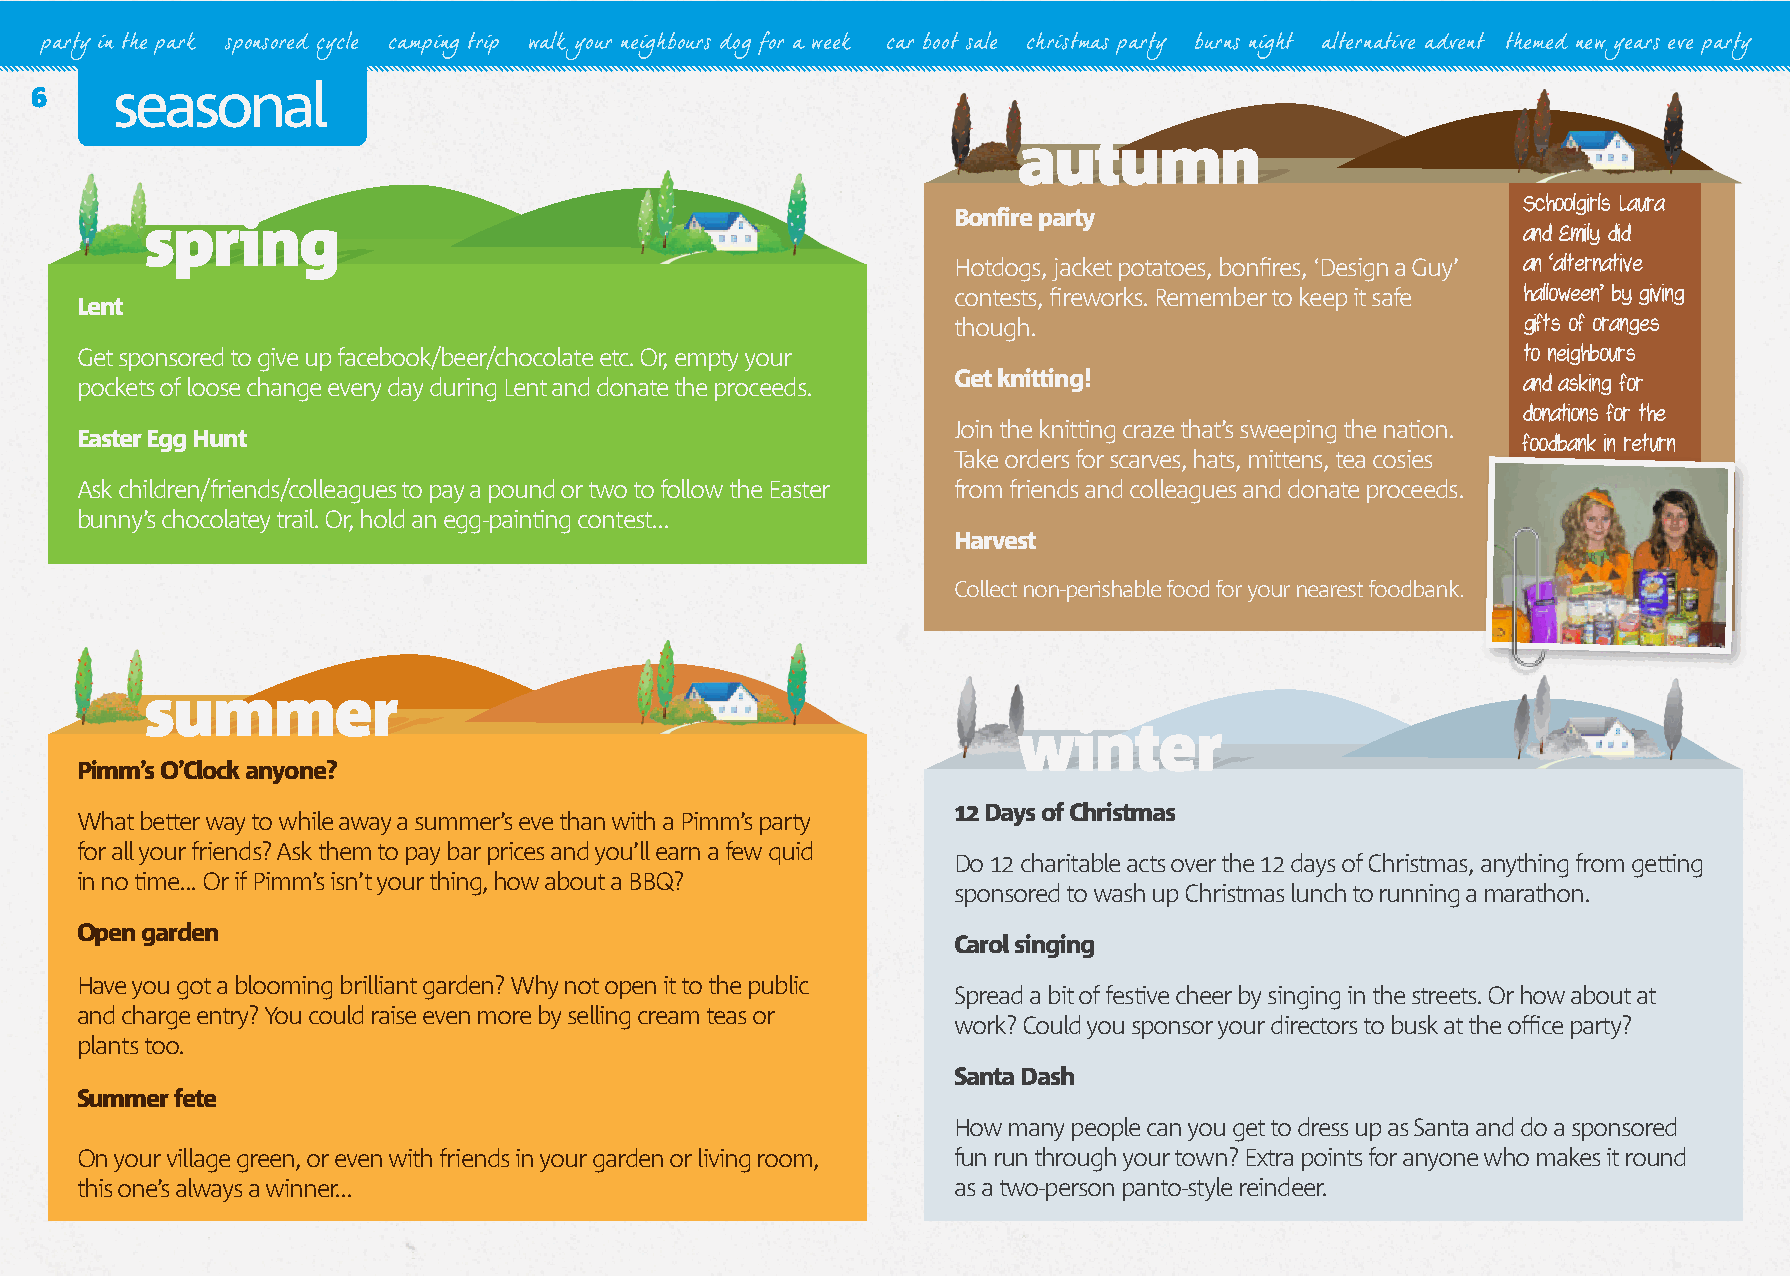
party in the park sponsored cycle camping trip walk your neighbours dog for a week car boot sale christmas party burns night alternative advent themed new years eve party
 6    seasonal
 autumn
 Schoolgirls Laura
 Bonfire party
 spring
 and Emily did
 Hotdogs, jacket potatoes, bonfires, ‘Design a Guy’ an ‘alternative
 contests, fireworks. Remember to keep it safe halloween’ by giving
 Lent
 though.                               gifts of oranges
 Get sponsored to give up facebook/beer/chocolate etc. Or, empty your                            to neighbours
 pockets of loose change every day during Lent and donate the proceeds. Get knitting!            and asking for
 donations for the
 Join the knitting craze that’s sweeping the nation.
 Easter Egg Hunt                                                                                 foodbank in return
 Take orders for scarves, hats, mittens, tea cosies
 Ask children/friends/colleagues to pay a pound or two to follow the Easter from friends and colleagues and donate proceeds.
 bunny’s chocolatey trail. Or, hold an egg-painting contest...
 Harvest
 Collect non-perishable food for your nearest foodbank.
 summer
 winter
 Pimm’s O’Clock anyone?
 12 Days of Christmas
 What better way to while away a summer’s eve than with a Pimm’s party
 for all your friends? Ask them to pay bar prices and you’ll earn a few quid
 Do 12 charitable acts over the 12 days of Christmas, anything from getting
 in no time... Or if Pimm’s isn’t your thing, how about a BBQ?
 sponsored to wash up Christmas lunch to running a marathon.
 Open garden
 Carol singing
 Have you got a blooming brilliant garden? Why not open it to the public
 Spread a bit of festive cheer by singing in the streets. Or how about at
 and charge entry? You could raise even more by selling cream teas or
 work? Could you sponsor your directors to busk at the office party?
 plants too.
 Santa Dash
 Summer fete
 How many people can you get to dress up as Santa and do a sponsored
 On your village green, or even with friends in your garden or living room, fun run through your town? Extra points for anyone who makes it round
 this one’s always a winner...                             as a two-person panto-style reindeer.